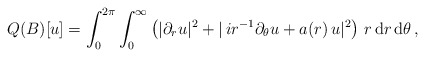
\begin{align*} Q(B)[u] = \int_0^{2\pi} \int_0^\infty \left ( |\partial_r u|^2 + |\, i r^{-1} \partial_\theta u+a(r)\, u|^2\right)\, r\, \mathrm{d}r\,\mathrm{d}\theta\,,\end{align*}